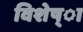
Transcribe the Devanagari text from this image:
विशेष्ा